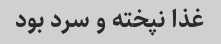
غذا نپخته و سرد بود ‌